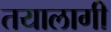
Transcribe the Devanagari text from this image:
तयालागी